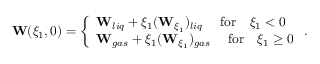
\begin{array} { r } { \mathbf { W } ( \xi _ { 1 } , 0 ) = \left\{ \begin{array} { l l } { \mathbf { W } _ { l i q } + \xi _ { 1 } ( \mathbf { W } _ { \xi _ { 1 } } ) _ { l i q } \quad \mathrm { ~ f o r } \quad \xi _ { 1 } < 0 } \\ { \mathbf { W } _ { g a s } + \xi _ { 1 } ( \mathbf { W } _ { \xi _ { 1 } } ) _ { g a s } \quad \mathrm { ~ f o r } \quad \xi _ { 1 } \geq 0 } \end{array} \right. . } \end{array}